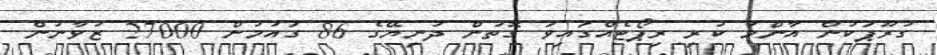
ގުރޫޕަކުން އާންމު ކުރި ރިޕޯޓެއްގައިވަ ގޮތުން ދުނިޔޭގެ 86 ގައުމުން 27000 ޒުވާނުން